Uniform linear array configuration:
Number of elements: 64
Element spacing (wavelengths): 1
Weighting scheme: blackman
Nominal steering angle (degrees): -30
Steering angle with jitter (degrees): -28.476
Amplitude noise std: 0.05
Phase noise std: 0.05

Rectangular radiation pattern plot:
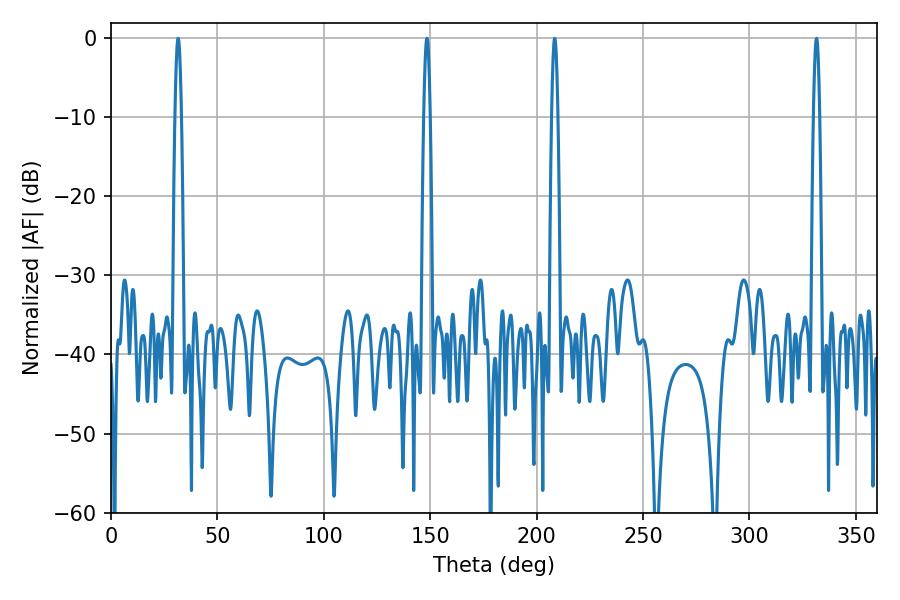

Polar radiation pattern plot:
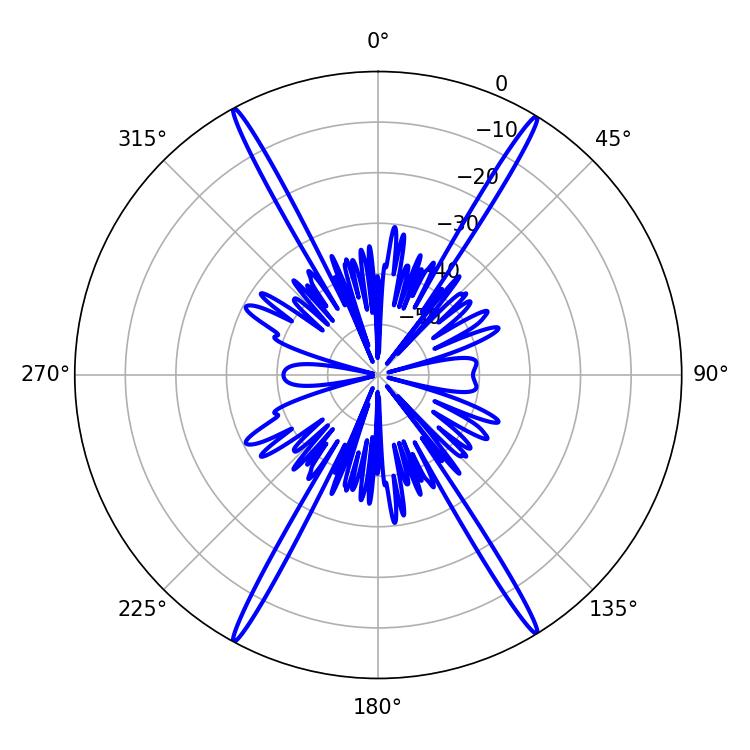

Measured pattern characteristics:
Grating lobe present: TRUE
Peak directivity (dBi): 27.189
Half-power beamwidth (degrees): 1.62
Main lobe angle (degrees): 148.5